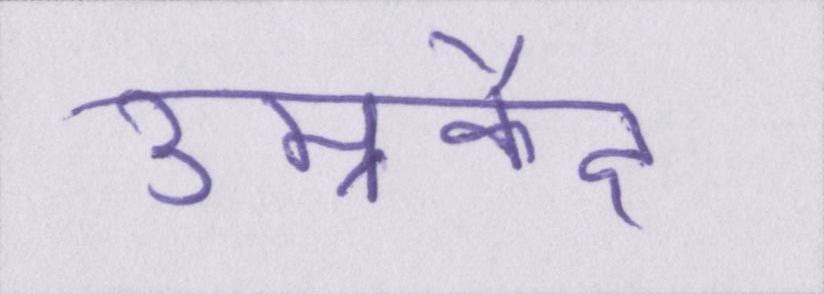
उम्रकैद